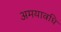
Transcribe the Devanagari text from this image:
अमयावधि